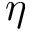
\eta